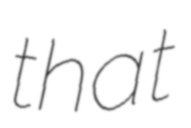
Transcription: that